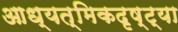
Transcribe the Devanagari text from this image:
आध्यत्मिकदृष्ट्या